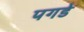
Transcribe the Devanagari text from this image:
पगडे